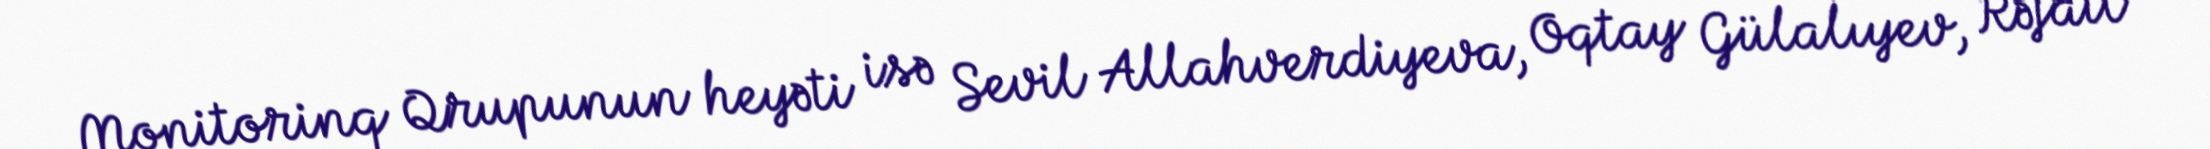
Monitorinq Qrupunun heyəti isə Sevil Allahverdiyeva, Oqtay Gülalıyev, Rəfail